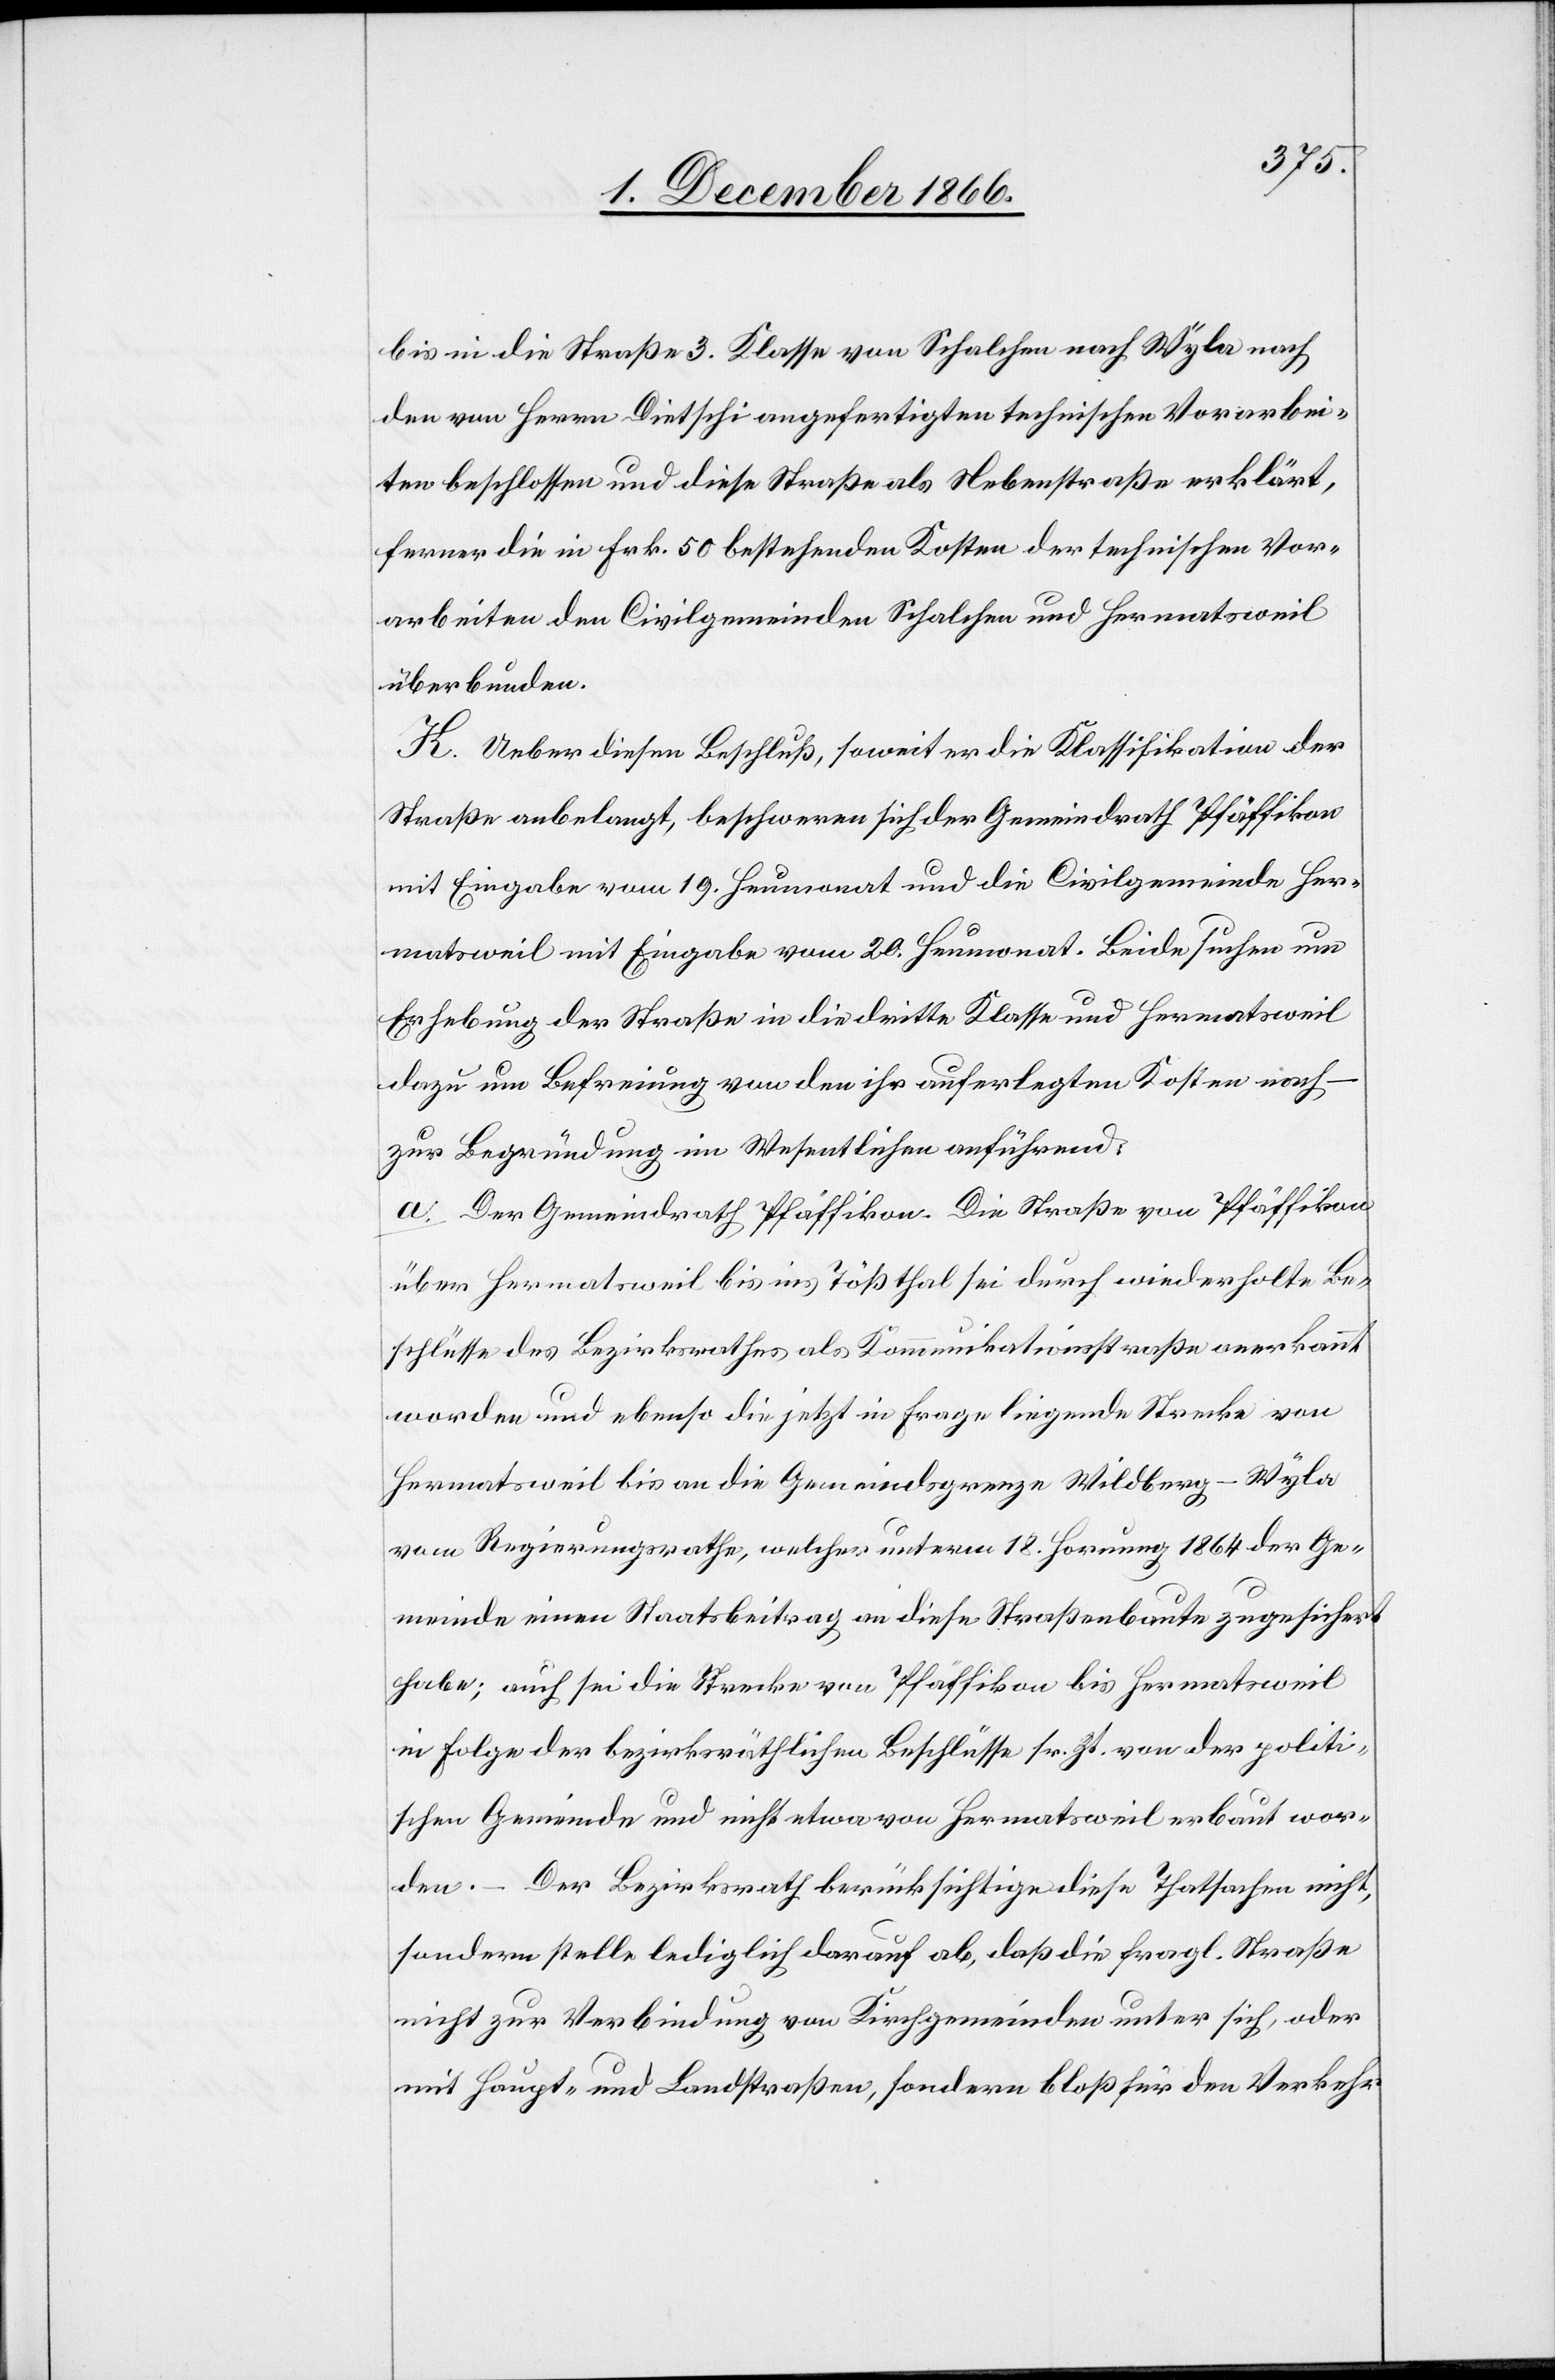
bis in die Straße 3. Klasse von Schalchen nach Wyla nach
den von Herrn Dietschi angefertigten technischen Vorarbei¬
ten beschlossen und diese Straße als Nebenstraße erklärt,
ferner die in Frk. 50 bestehenden Kosten der technischen Vor¬
arbeiten den Civilgemeinden Schalchen und Hermatsweil
überbunden.
K. Ueber diesen Beschluß, soweit er die Klassifikation der
Straße anbelangt, beschweren sich der Gemeindrath Pfäffikon
mit Eingabe vom 19. Heumonat und die Civilgemeinde Her¬
matsweil mit Eingabe vom 20. Heumonat. Beide suchen um
Erhebung der Straße in die dritte Klasse und Hermatsweil
dazu um Befreiung von den ihr auferlegten Kosten nach
zur Begründung im Wesentlichen anführend:
a. Der Gemeindrath Pfäffikon. Die Straße von Pfäffikon
über Hermatsweil bis ins Tößthal sei durch wiederholte Be¬
schlüsse des Bezirksrathes als Kommunikationsstraße anerkannt
worden und ebenso die jetzt in Frage liegende Strecke von
Hermatsweil bis an die Gemeindsgrenze Wildberg–Wyla
vom Regierungsrathe, welcher unterm 18. Hornung 1864 der Ge¬
t
meinde einen Staatsbeitrag an diese Straßenbaute zugesicher¬
habe; auch sei die Strecke von Pfäffikon bis Hermatsweil
in Folge der bezirksräthlichen Beschlüsse sr. Zt. von der politi¬
schen Gemeinde und nicht etwa von Hermatsweil erbaut wor¬
den. – Der Bezirksrath berücksichtige diese Thatsachen nicht,
sondern stelle lediglich darauf ab, daß die fragl. Straße
nicht zur Verbindung von Kirchgemeinden unter sich, oder
mit Haupt- und Landstraßen, sondern bloß für den Verkehr